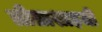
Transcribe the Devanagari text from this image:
लीलाशाहजी